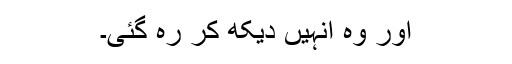
اور وہ انہیں دیکھ کر رہ گئی۔